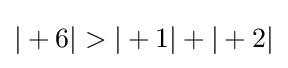
|+6|>|+1|+|+2|